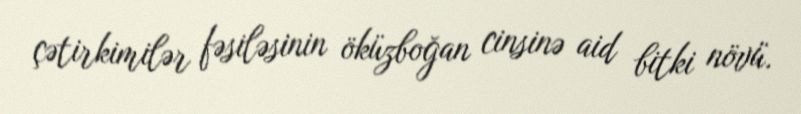
çətirkimilər fəsiləsinin öküzboğan cinsinə aid bitki növü.